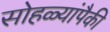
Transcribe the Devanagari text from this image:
सोहळ्यांपैकी